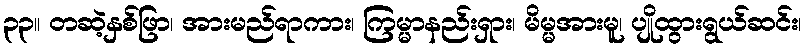
၃၃။ တဆဲ့နှစ်ဖြာ၊ အားမည်ရာကား၊ ကြမ္မာနည်းရှား၊ မိမ္မအားမူ၊ ပျိုထွားရွယ်ဆင်း၊